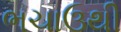
ભચાઉથી